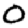
Digit: 0